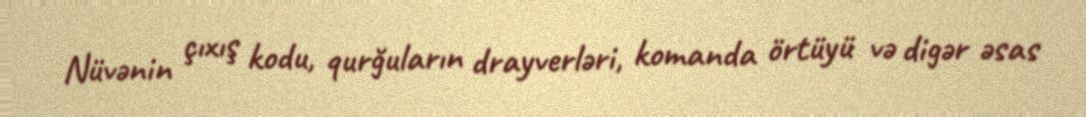
Nüvənin çıxış kodu, qurğuların drayverləri, komanda örtüyü və digər əsas